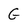
Character: G